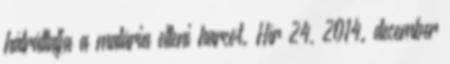
hátráltatja a malária elleni harcot. Hír 24, 2014. december